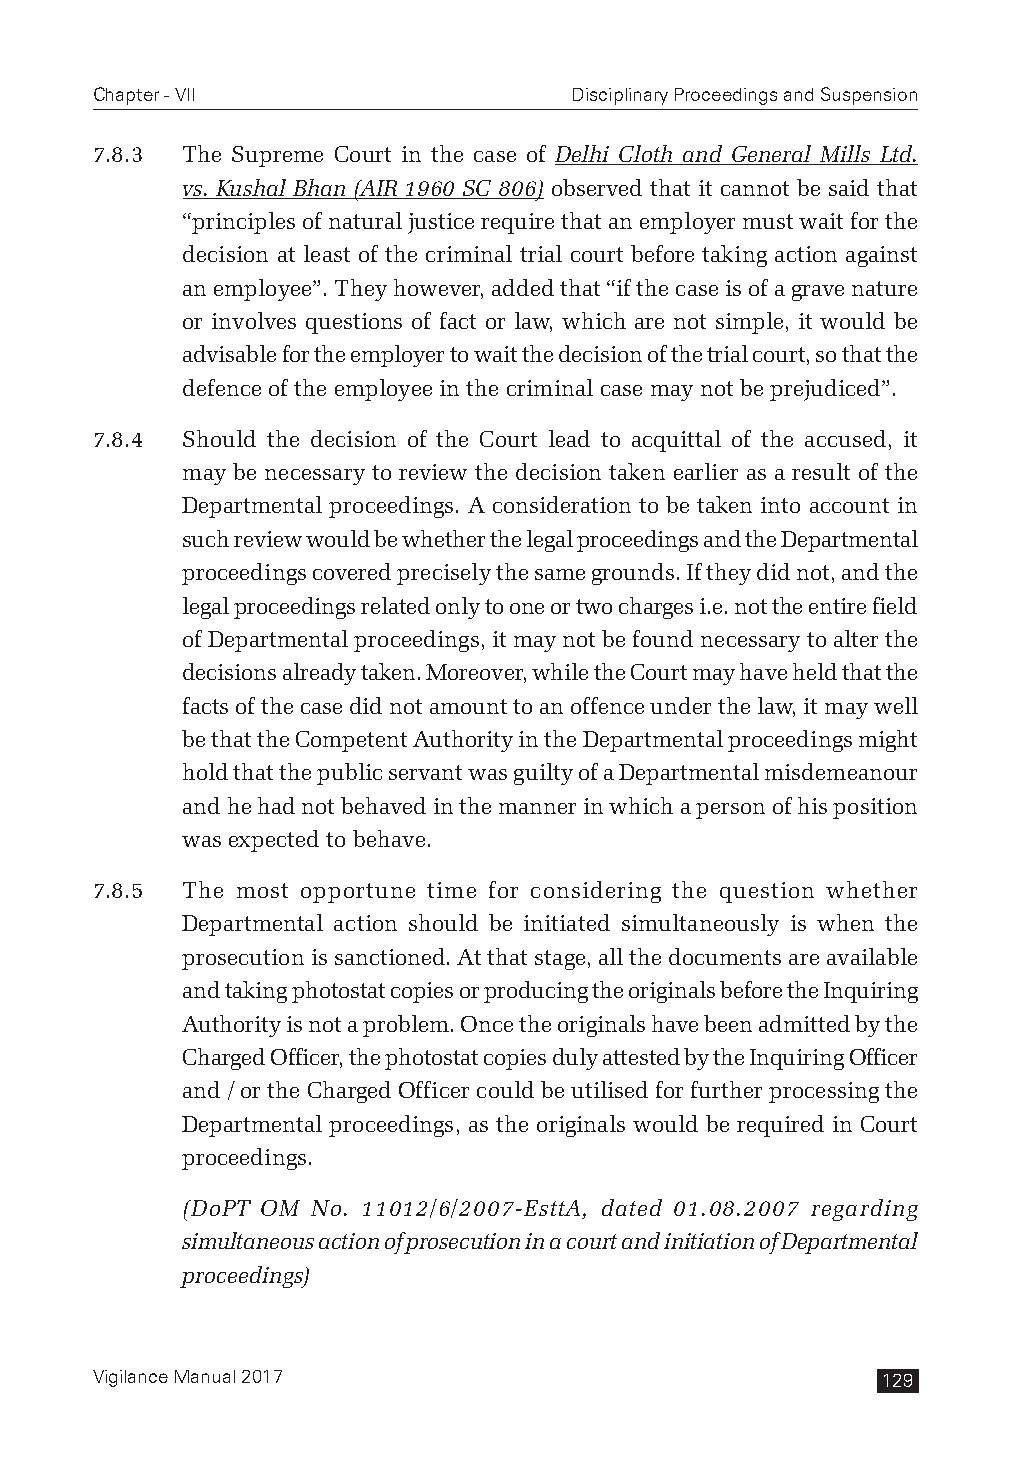
Chapter - VII                   Disciplinary Proceedings and Suspension
 7.8.3 The Supreme Court in the case of Delhi Cloth and General Mills Ltd.
 vs. Kushal Bhan (AIR 1960 SC 806) observed that it cannot be said that
 “principles of natural justice require that an employer must wait for the
 decision at least of the criminal trial court before taking action against
 an employee”. They however, added that “if the case is of a grave nature
 or involves questions of fact or law, which are not simple, it would be
 advisable for the employer to wait the decision of the trial court, so that the
 defence of the employee in the criminal case may not be prejudiced”.
 7.8.4 Should the decision of the Court lead to acquittal of the accused, it
 may be necessary to review the decision taken earlier as a result of the
 Departmental proceedings. A consideration to be taken into account in
 such review would be whether the legal proceedings and the Departmental
 proceedings covered precisely the same grounds. If they did not, and the
 legal proceedings related only to one or two charges i.e. not the entire field
 of Departmental proceedings, it may not be found necessary to alter the
 decisions already taken. Moreover, while the Court may have held that the
 facts of the case did not amount to an offence under the law, it may well
 be that the Competent Authority in the Departmental proceedings might
 hold that the public servant was guilty of a Departmental misdemeanour
 and he had not behaved in the manner in which a person of his position
 was expected to behave.
 7.8.5 The most opportune time for considering the question whether
 Departmental action should be initiated simultaneously is when the
 prosecution is sanctioned. At that stage, all the documents are available
 and taking photostat copies or producing the originals before the Inquiring
 Authority is not a problem. Once the originals have been admitted by the
 Charged Officer, the photostat copies duly attested by the Inquiring Officer
 and / or the Charged Officer could be utilised for further processing the
 Departmental proceedings, as the originals would be required in Court
 proceedings.
 (DoPT OM No. 11012/6/2007-EsttA, dated 01.08.2007 regarding
 simultaneous action of prosecution in a court and initiation of Departmental
 proceedings)
 Vigilance Manual 2017                               129